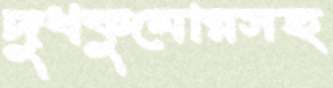
দুধকুমোরসহ